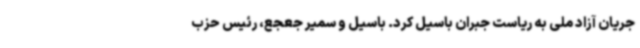
جریان آزاد ملی به ریاست جبران باسیل کرد. باسیل و سمیر جعجع، رئیس حزب